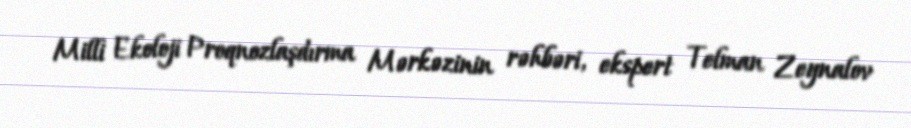
Milli Ekoloji Proqnozlaşdırma Mərkəzinin rəhbəri, ekspert Telman Zeynalov